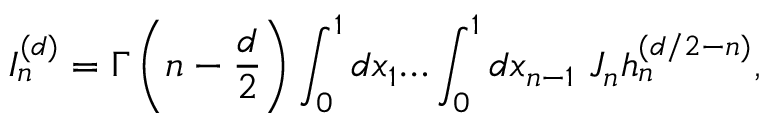
I _ { n } ^ { ( d ) } = \Gamma \left( n - \frac { d } { 2 } \right) \int _ { 0 } ^ { 1 } d x _ { 1 } { \ldots } \int _ { 0 } ^ { 1 } d x _ { n - 1 } ~ J _ { n } h _ { n } ^ { ( d / 2 - n ) } ,